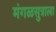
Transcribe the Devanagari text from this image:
मंगळसुत्राला